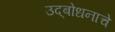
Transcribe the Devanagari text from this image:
उद्‌बोधनाचे